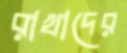
রাখাদের